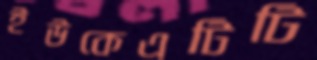
ইউকেএটিটি